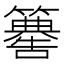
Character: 𥶚